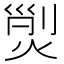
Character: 𱫝